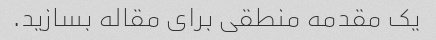
یک مقدمه منطقی برای مقاله بسازید.